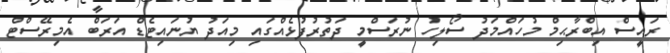
ރައީސް އިބްރާޙިމް މުހައްމަދު ސޯލިހު ނުރަސްމީ ދަތުރުފުޅެއްގައި މިއަދު ޔުނައިޓެޑް އަރަބް އެމިރޭސްޓް